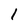
Character: 1